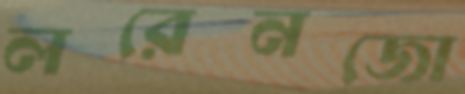
লরেনজো